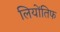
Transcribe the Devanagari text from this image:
लियोंतिफ